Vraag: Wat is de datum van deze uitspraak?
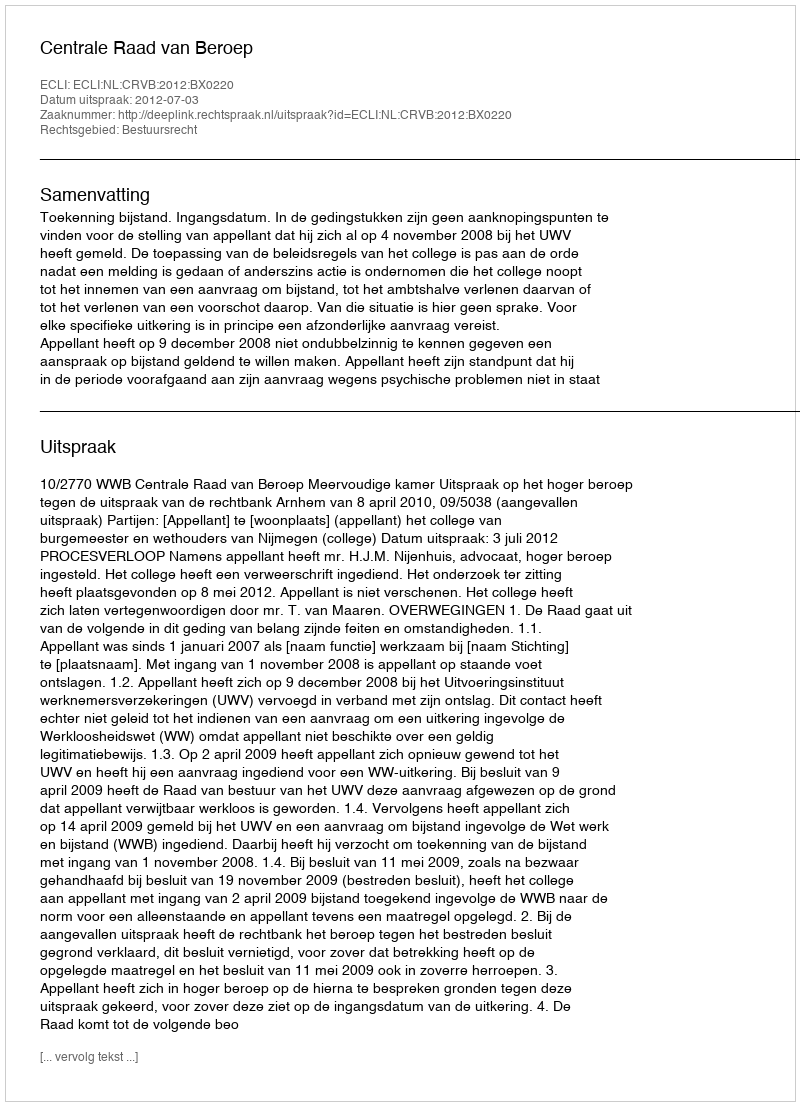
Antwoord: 2012-07-03